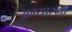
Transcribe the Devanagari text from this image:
अभ्यारणों